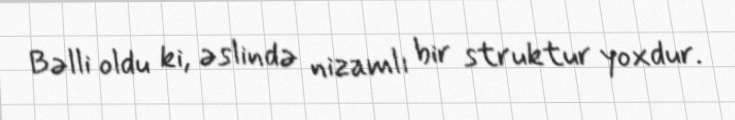
Bəlli oldu ki, əslində nizamlı bir struktur yoxdur.